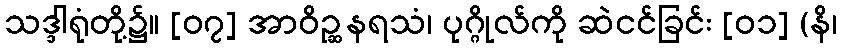
သဒ္ဒါရုံတို့၌။ [၀၇] အာဝိဉ္ဆနရသံ၊ ပုဂ္ဂိုလ်ကို ဆဲငင်ခြင်း [၀၁] (နိ၊